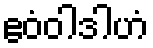
ဧဝံဝါဒါဟံ